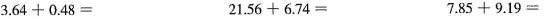
$$3 . 6 4 + 0 . 4 8 =$$ $$2 1 . 5 6 + 6 . 7 4 =$$ $$7 . 8 5 + 9 . 1 9 =$$